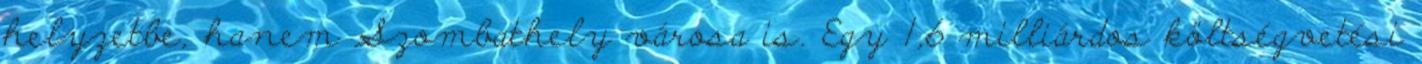
helyzetbe, hanem Szombathely városa is. Egy 1,6 milliárdos költségvetési